Indian journal of veterinary science and animal husbandry - Volume 5,
Year: 1935
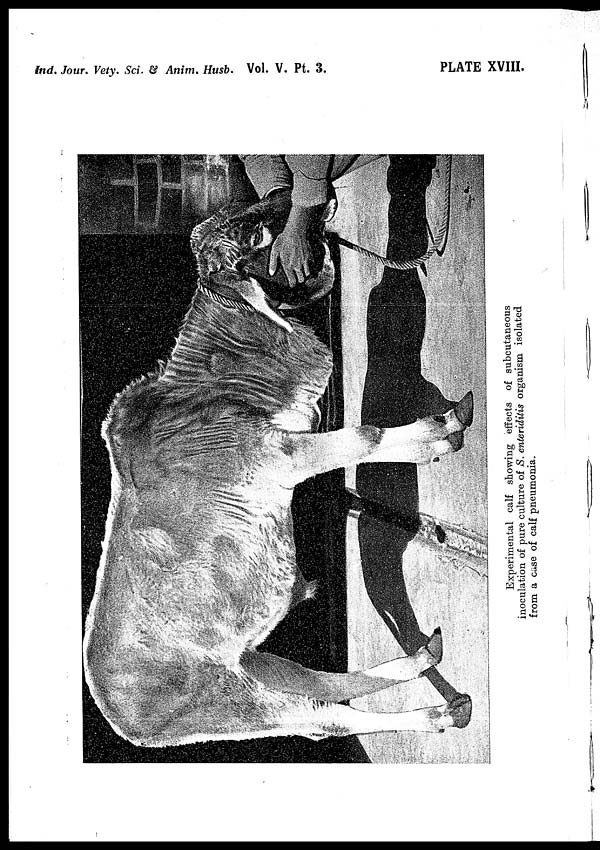
Ind. Jour. Vety. Sci. & Anim. Husb. Vol. V. Pt. 3.
PLATE XVIII.
Experimental calf showing effects of subcutaneous
inoculation of pure culture of S. enteriditis organism isolated
from a case of calf pneumonia.